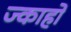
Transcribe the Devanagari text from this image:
ज्काहो